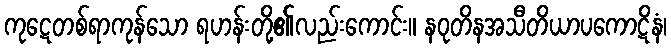
ကုဋေတစ်ရာကုန်သော ရဟန်းတို့၏လည်းကောင်း။ နဝုတိနအသီတိယာပကောဋိနံ၊